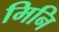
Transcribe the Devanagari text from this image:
मिनि